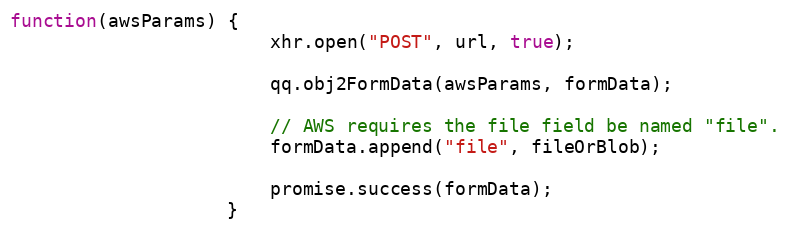
Language: JavaScript
function(awsParams) {
                        xhr.open("POST", url, true);

                        qq.obj2FormData(awsParams, formData);

                        // AWS requires the file field be named "file".
                        formData.append("file", fileOrBlob);

                        promise.success(formData);
                    }